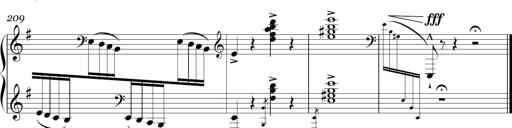
Title: Sonatina in E minor
Composer: Shuwen Zhang
Key: E minor